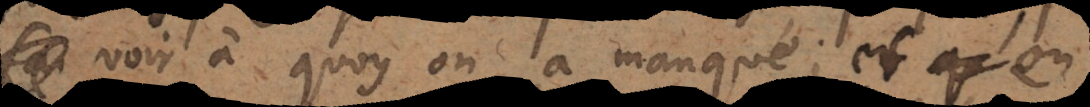
voir à quoy on a manqué; et